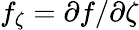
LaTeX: f_{\zeta}=\partial f/\partial\zeta